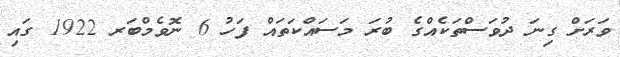
ވަރަށް ގިނަ ދުވަސްތަކެއްގެ ބުރަ މަސައްކަތައް ފަހު 6 ނޮވެމްބަރ 1922 ގައި